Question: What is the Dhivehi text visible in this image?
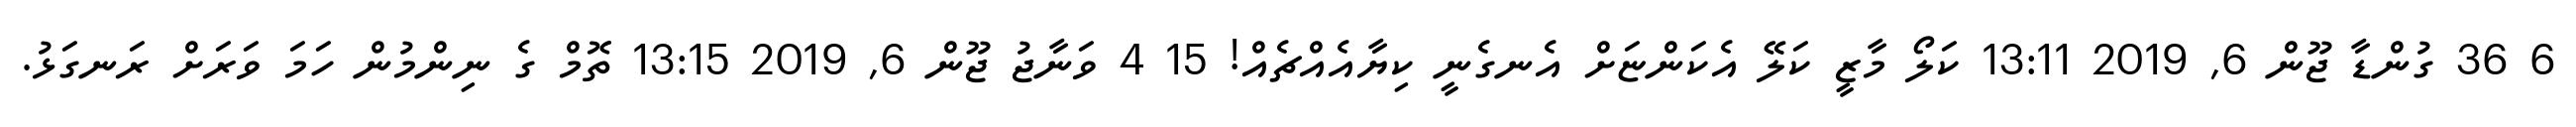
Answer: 6 36 ގުންޑާ ޖޫން 6, 2019 13:11 ކަލޯ މާޒީ ކަލޭ އެކަންޏަށް އެނގެނީ ކިޔާއެއްޗެއް! 15 4 ވަނާޖު ޖޫން 6, 2019 13:15 ތޮމް ގެ ނިންމުން ހަމަ ވަރަށް ރަނގަޅު.